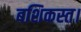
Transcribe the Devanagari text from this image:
बशिकस्त।